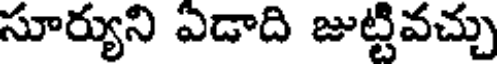
సూర్యుని ఎడాది జుట్టివచ్చు